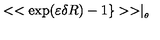
< < \exp ( \varepsilon \delta R ) - 1 \} > > \mid _ { _ { \theta } }